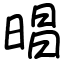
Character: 晿